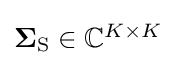
{\textstyle \mathbf {\Sigma } _{\mathrm {S} }\in \mathbb {C} ^{K\times K}}